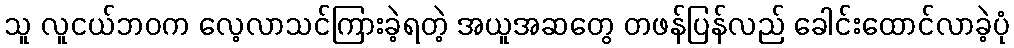
သူ လူငယ်ဘဝက လေ့လာသင်ကြားခဲ့ရတဲ့ အယူအဆတွေ တဖန်ပြန်လည် ခေါင်းထောင်လာခဲ့ပုံ